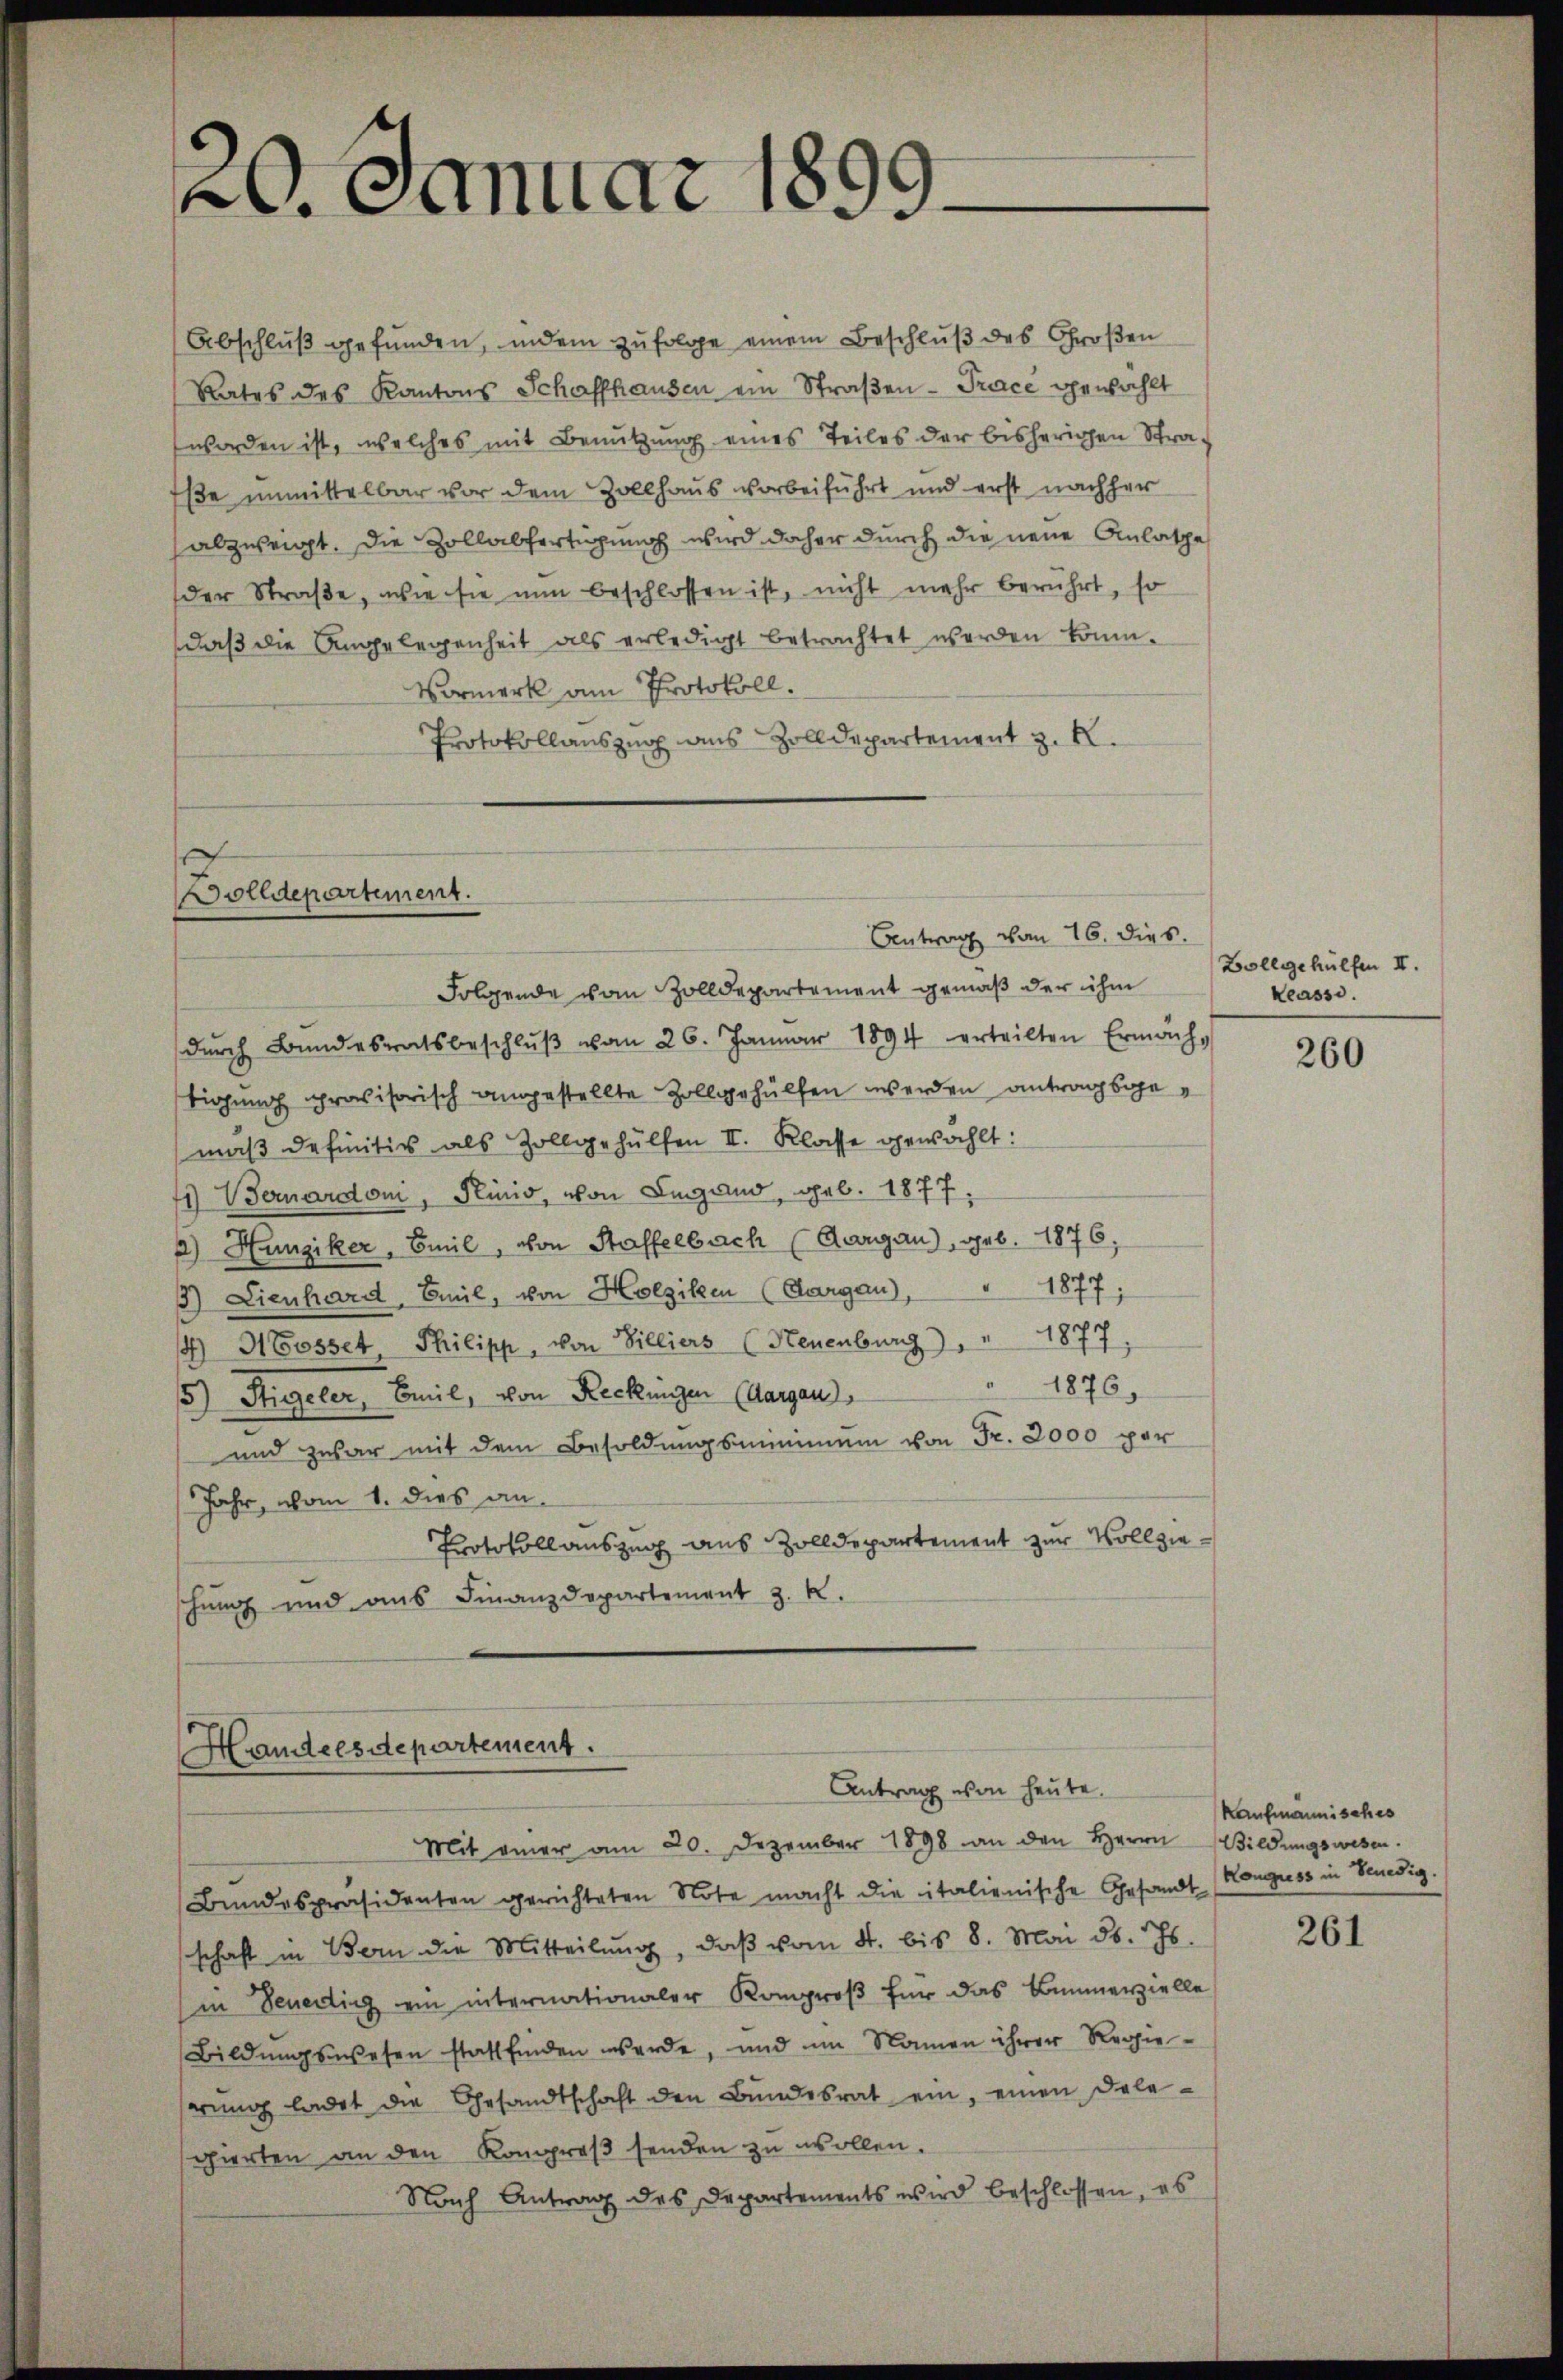
20. Januar 1899.

Abschlŭβ gefunden, indem zufolge einem Beschluß des Großen
Rates des Kantons Schaffhausen ein Straβen-Trace gewählt
worden ist, welches mit Benutzung eines Teiles der bisherigen Straße unmittelbar vor dem Zollhaus vorbeiführt und erst nachher
abzuzeigt. Die Zollabfertigung wird daher durch die neue Anlasse
der Straße, wie sie nun beschlossen ist, nicht mehr berührt, so
daß die Angelegenheit als erledigt betrachtet werden könn¬
Vormerk am Protokoll.
Protokollauszug aus Zolldepartement z. B.

olldepartement.

Handelsdepartement.
Antrag von heute.
Mit ainer am 20. Dezember 1898 an den Herrn Bildungswesen.

Antrag von 16. dies.
Folgende vom Zolldepartement gemäß der ihm
dŭrch Bundesratsbeschlŭβ vom 26. Januar 1894 erteilten Ermäch-
tigung provisorisch angestellte Zollgehülfen werden antragsgemäß definitiv als Zollgehülfen II. Klasse gewählt:
41) Vernardoni, Plinio, von Lugand, geb. 1877.
a) Hunziker, Emil, von Staffelbach (Aargau), geb. 1876,
1877
) Lienhard, Emil, von Holziken (Aargau),
4) Gosset Philipp, von Billiers (Neuenburg) " " 1877
1876,
.
5) Sigeler, Emil, von Reckingen (Aargau,
und zwar mit dem Besoldŭngsminimum von Fr. 2000 per
Jahr, vom 1. dies an.
Protokollauszug aus Zolldepartement zur Vollzieschung und aus Finanzdepartement z. R.

Bundespräsidenten gerichteten Note macht die italienische Gesandt Konguss in Sendig.
schaft in Bern die Mitteilŭng, daβ vom 4. bis 8. Mai d. Js.
(in Benedigg in internationaler Komproß für das Baumerzielle
Bildungswesen stattfinden werde, und im Namen ihrer Regie-
serung ladet die Gesandtschaft den Bundesrat ein, einen Dele-
gierten an den Komproβ senden zu wollen.
Nach Antrag des Departements wird beschlossen, es

Vollgehülfen II.
Keassi.

260

Kaufmannisches

261